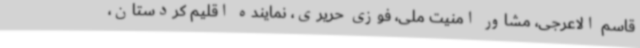
قاسم الاعرجی، مشاور امنیت ملی، فوزی حریری، نماینده اقلیم کردستان،